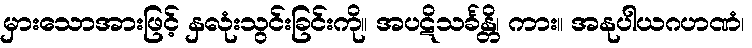
မှားသောအားဖြင့် နှလုံးသွင်းခြင်းကို။ အပဋိသင်္ခန္တိ၊ ကား။ အနုပါယဂဟဏံ၊